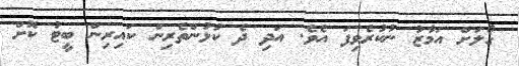
ގޯލަށް އަމާޒު ނުކުރެވިފަ އެވެ. އަދި ދެ ކުޅުންތެރިން ކައިރިން ބީޓު ކޮށް